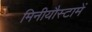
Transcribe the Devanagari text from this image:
मिनीयौस्टामें